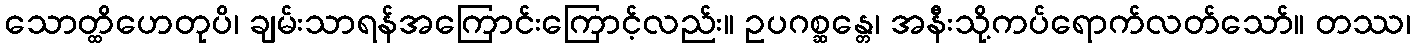
သောတ္ထိဟေတုပိ၊ ချမ်းသာရန်အကြောင်းကြောင့်လည်း။ ဥပဂစ္ဆန္တေ၊ အနီးသို့ကပ်ရောက်လတ်သော်။ တဿ၊